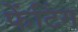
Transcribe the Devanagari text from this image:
फेंटिंग